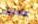
عاديين